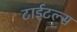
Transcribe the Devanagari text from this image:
टाईटल्स